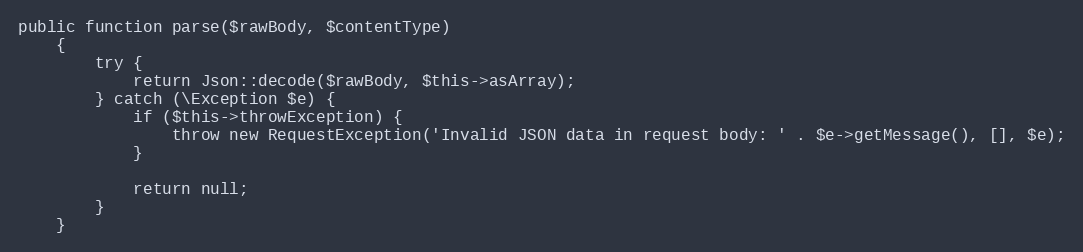
Language: PHP
public function parse($rawBody, $contentType)
    {
        try {
            return Json::decode($rawBody, $this->asArray);
        } catch (\Exception $e) {
            if ($this->throwException) {
                throw new RequestException('Invalid JSON data in request body: ' . $e->getMessage(), [], $e);
            }

            return null;
        }
    }